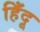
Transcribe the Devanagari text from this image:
हिँदू